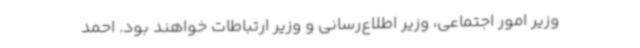
وزیر امور اجتماعی، وزیر اطلاع‌رسانی و وزیر ارتباطات خواهند بود. احمد